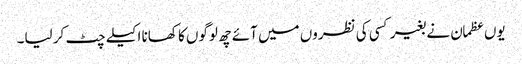
یوں عظمان نے بغیر کسی کی نظروں میں آئے چھ لوگوں کا کھانا اکیلے چٹ کر لیا۔